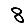
Digit: 8